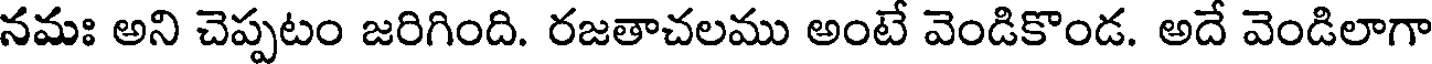
నమః అని చెప్పటం జరిగింది. రజతాచలము అంటే వెండికొండ. అదే వెండిలాగా